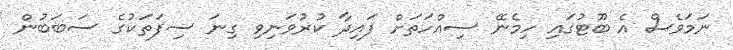
ނަމަވެސް އެ ބޫޓުގައި ހިމެނޭ ސިއްހަތަށް ފައިދާ ކުރުވަނިވި ގިނަ ސިފަތަކުގެ ސަބަބުން